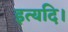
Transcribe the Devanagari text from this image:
इत्यदि।